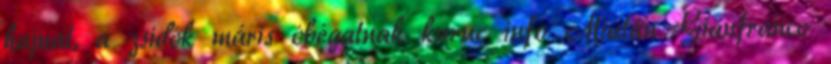
hajnal, a zsidók máris óbégatnak kuruc info Miután Gianfranco